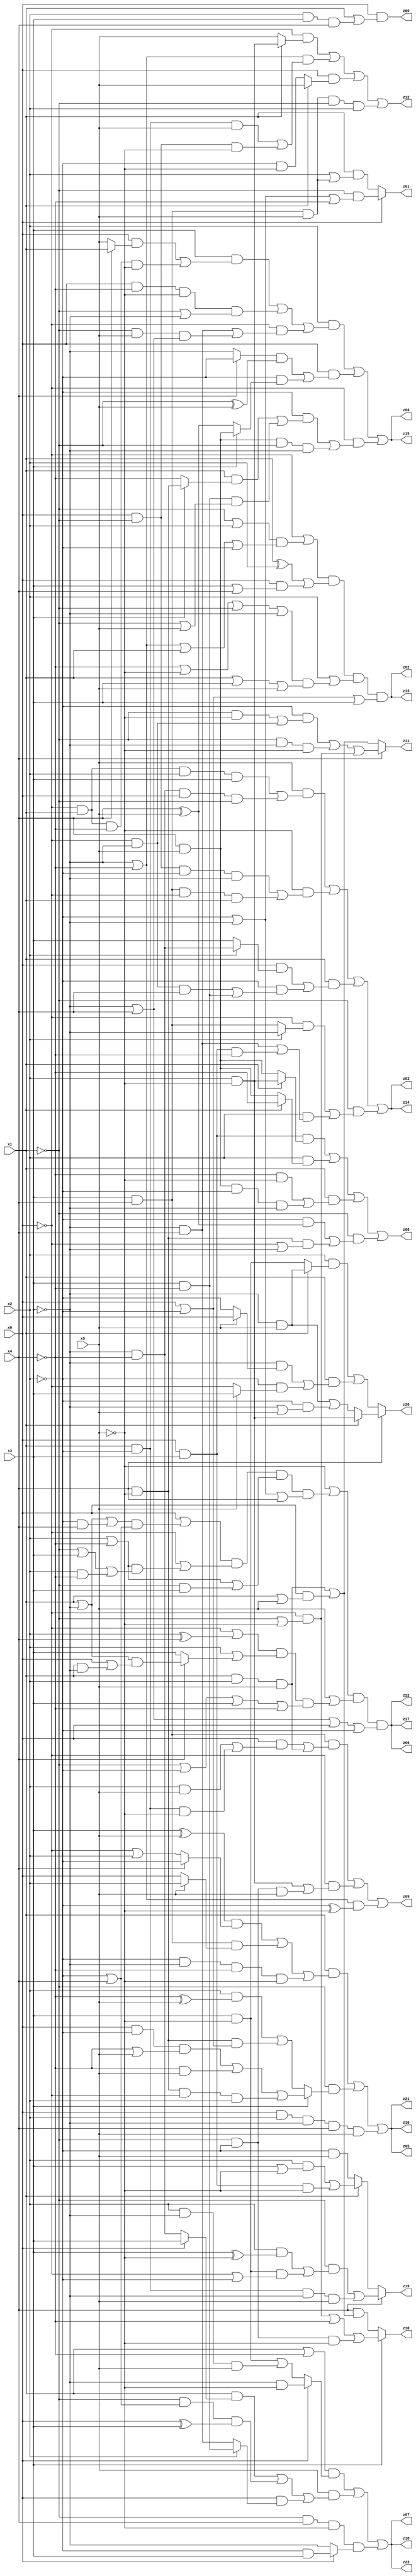
// Benchmark "q_3" written by ABC on Mon Jul 03 17:57:16 2023

module q_3 ( 
    x0, x1, x2, x3, x4, x5,
    z00, z01, z02, z03, z04, z05, z06, z07, z08, z09, z10, z11, z12, z13,
    z14, z15, z16, z17, z18, z19, z20, z21, z22, z23  );
  input  x0, x1, x2, x3, x4, x5;
  output z00, z01, z02, z03, z04, z05, z06, z07, z08, z09, z10, z11, z12, z13,
    z14, z15, z16, z17, z18, z19, z20, z21, z22, z23;
  assign z00 = x0 & (x1 | (x2 & x3 & x4));
  assign z01 = x0 ? (~x1 & (~x2 | ~x3 | ~x4)) : (x1 & (x2 | (x3 & x4 & x5)));
  assign z02 = (~x0 | ((~x1 | x2) & (~x3 | ~x4 | x1 | ~x2))) & ((x1 ^ x2) | (x0 & (x3 | x4))) & (x2 | ((~x4 | ~x5 | ~x1 | ~x3) & (x1 | x3 | x5))) & (x0 | ~x2 | x3);
  assign z03 = (x5 & ((~x0 & x1 & x2 & x3) | (~x3 & ~x4 & x0 & ~x1))) | (~x5 & ((x0 & ~x1 & ~x2 & ~x3) | (x3 & x4 & ~x0 & x1))) | (x1 & ((x0 & (x2 ? (~x3 & ~x4) : x3)) | (~x2 & ((~x0 & ~x3 & x4) | (x3 & ~x4))))) | (~x1 & ((~x0 & (x2 ? ~x3 : (x3 & x4))) | (x2 & ((~x3 & x4) | (x0 & x3 & ~x4)))));
  assign z04 = (x2 & ((x3 & ((x0 & (x4 ? x1 : x5)) | (~x0 & x1 & ~x4 & ~x5))) | (x0 & ~x4 & ~x5 & (~x1 | ~x3)) | (~x0 & ((~x3 & x4) | (~x1 & x5 & (~x3 | x4)))))) | (x0 & (((x4 ? ~x2 : ~x3) & (~x1 ^ x5)) | (~x2 & (x3 ? (x4 & x5) : (x4 ^ x5))))) | (~x0 & ((~x2 & ((x1 & (x3 ? (x4 & ~x5) : ~x4)) | (x3 & ~x4 & (~x1 | x5)))) | (x4 & x5 & ~x1 & ~x3)));
  assign z05 = (x1 & (((x3 ^ x5) & (x4 ? ~x2 : (~x0 | x2))) | (x3 & x4 & (x5 ? x2 : x0)) | (~x2 & ~x3 & ~x4 & ~x5))) | (~x1 & (x3 ? ((x0 & ~x2 & (~x4 | x5)) | (~x4 & x5) | (x4 & ~x5 & ~x0 & x2)) : ((x2 & (~x4 ^ x5)) | (x4 & ~x5 & (x0 | ~x2))))) | (x0 & x2 & ~x3 & x4 & x5);
  assign z06 = (~x5 | ((x0 | ((x1 | ~x3 | (~x2 & x4)) & (~x2 | x4))) & (~x0 | ((x2 | ~x4) & (~x1 | x3 | (x2 & ~x4)))) & (x2 | ~x4 | (~x1 & x3)) & (~x2 | ~x3 | x4))) & (x5 | ((~x0 | (x2 ^ x4)) & (x2 | (x4 ? ((x1 | ~x3) & (x0 | (x1 & ~x3))) : x3)) & (~x1 | ~x2 | x3 | ~x4))) & (~x3 | x4 | x0 | ~x2);
  assign z07 = ((x1 | ~x4) & (x0 ? (~x3 & ~x5) : ((x3 & ~x5) | (x2 & ~x3 & x5)))) | (x5 & ((x1 & (x0 ? x3 : (~x3 & ~x4))) | (~x1 & (~x2 | x4) & (x0 ^ x3)) | (x0 & (x2 ? (x3 & ~x4) : (~x3 & x4))))) | (~x1 & x4 & ~x5 & (x0 ? (~x2 & x3) : ~x3));
  assign z08 = (x0 & x3 & (x1 ? (x2 & ~x5) : (x4 & x5))) | (x2 & (x1 ? ~x4 : (x4 & x5))) | (x1 & ((~x4 & ~x5) | (x4 & x5 & ~x2 & ~x3))) | (~x1 & ((~x2 & (x4 ^ x5)) | (x4 & ~x5 & (~x0 | ~x3))));
  assign z09 = (x3 & x4 & ((x0 & ((x2 & x5) | (x1 & ~x2 & ~x5))) | (x1 & x2 & x5))) | (~x0 & ((x2 & ~x5) | (~x1 & ~x2 & x5))) | ((~x3 | ~x4) & (~x2 ^ ~x5));
  assign z10 = x3 ? ((~x0 & (~x1 | ~x5)) | ~x4 | (~x1 & ~x2 & ~x5)) : (x4 & ((x1 & x2 & x5) | (x0 & (x1 | x5))));
  assign z11 = x4 ? ((~x2 & ((~x1 & ~x5) | (~x0 & ~x3))) | (~x1 & ~x3 & ~x5) | (~x0 & (~x1 | ~x5))) : ((x1 & x2 & x5) | (x0 & (x1 | x5)));
  assign z12 = (~x0 & (x1 ? (x2 & ~x5) : x5)) | ((~x3 | ~x4) & ((x1 & ~x2 & x5) | (x0 & ~x1 & ~x5))) | (x0 & (x1 ? x5 : (~x2 & ~x5))) | (x3 & x4 & x5 & ~x1 & x2);
  assign z19 = x4 ? ((~x1 & ((x2 & (x3 ^ ~x5)) | (x3 & ~x5 & (~x0 | ~x2)))) | (x1 & ~x2 & ~x3 & x5)) : (x1 ? ((x2 & (x3 | ~x5)) | (x0 & x3 & ~x5)) : (~x2 & x5));
  assign z20 = x4 ? (x1 ? (x2 & ~x5) : ((~x3 & x5) | (~x2 & (~x3 | x5)))) : ((x2 & (x1 ? (~x3 & x5) : (x3 & ~x5))) | (x1 & ((~x3 & (x5 ? x0 : ~x2)) | (~x2 & (x5 ? x3 : ~x0)))));
  assign z13 = (~x0 | ((~x1 | x2) & (~x3 | ~x4 | x1 | ~x2))) & ((x1 ^ x2) | (x0 & (x3 | x4))) & (x2 | ((~x4 | ~x5 | ~x1 | ~x3) & (x1 | x3 | x5))) & (x0 | ~x2 | x3);
  assign z14 = (x5 & ((~x0 & x1 & x2 & x3) | (~x3 & ~x4 & x0 & ~x1))) | (~x5 & ((x0 & ~x1 & ~x2 & ~x3) | (x3 & x4 & ~x0 & x1))) | (x1 & ((x0 & (x2 ? (~x3 & ~x4) : x3)) | (~x2 & ((~x0 & ~x3 & x4) | (x3 & ~x4))))) | (~x1 & ((~x0 & (x2 ? ~x3 : (x3 & x4))) | (x2 & ((~x3 & x4) | (x0 & x3 & ~x4)))));
  assign z15 = (x2 & ((x3 & ((x0 & (x4 ? x1 : x5)) | (~x0 & x1 & ~x4 & ~x5))) | (x0 & ~x4 & ~x5 & (~x1 | ~x3)) | (~x0 & ((~x3 & x4) | (~x1 & x5 & (~x3 | x4)))))) | (x0 & (((x4 ? ~x2 : ~x3) & (~x1 ^ x5)) | (~x2 & (x3 ? (x4 & x5) : (x4 ^ x5))))) | (~x0 & ((~x2 & ((x1 & (x3 ? (x4 & ~x5) : ~x4)) | (x3 & ~x4 & (~x1 | x5)))) | (x4 & x5 & ~x1 & ~x3)));
  assign z16 = (x1 & (((x3 ^ x5) & (x4 ? ~x2 : (~x0 | x2))) | (x3 & x4 & (x5 ? x2 : x0)) | (~x2 & ~x3 & ~x4 & ~x5))) | (~x1 & (x3 ? ((x0 & ~x2 & (~x4 | x5)) | (~x4 & x5) | (x4 & ~x5 & ~x0 & x2)) : ((x2 & (~x4 ^ x5)) | (x4 & ~x5 & (x0 | ~x2))))) | (x0 & x2 & ~x3 & x4 & x5);
  assign z17 = (~x5 | ((x0 | ((x1 | ~x3 | (~x2 & x4)) & (~x2 | x4))) & (~x0 | ((x2 | ~x4) & (~x1 | x3 | (x2 & ~x4)))) & (x2 | ~x4 | (~x1 & x3)) & (~x2 | ~x3 | x4))) & (x5 | ((~x0 | (x2 ^ x4)) & (x2 | (x4 ? ((x1 | ~x3) & (x0 | (x1 & ~x3))) : x3)) & (~x1 | ~x2 | x3 | ~x4))) & (~x3 | x4 | x0 | ~x2);
  assign z18 = ((x1 | ~x4) & (x0 ? (~x3 & ~x5) : ((x3 & ~x5) | (x2 & ~x3 & x5)))) | (x5 & ((x1 & (x0 ? x3 : (~x3 & ~x4))) | (~x1 & (~x2 | x4) & (x0 ^ x3)) | (x0 & (x2 ? (x3 & ~x4) : (~x3 & x4))))) | (~x1 & x4 & ~x5 & (x0 ? (~x2 & x3) : ~x3));
  assign z21 = (x1 & (((x3 ^ x5) & (x4 ? ~x2 : (~x0 | x2))) | (x3 & x4 & (x5 ? x2 : x0)) | (~x2 & ~x3 & ~x4 & ~x5))) | (~x1 & (x3 ? ((x0 & ~x2 & (~x4 | x5)) | (~x4 & x5) | (x4 & ~x5 & ~x0 & x2)) : ((x2 & (~x4 ^ x5)) | (x4 & ~x5 & (x0 | ~x2))))) | (x0 & x2 & ~x3 & x4 & x5);
  assign z22 = (~x5 | ((x0 | ((x1 | ~x3 | (~x2 & x4)) & (~x2 | x4))) & (~x0 | ((x2 | ~x4) & (~x1 | x3 | (x2 & ~x4)))) & (x2 | ~x4 | (~x1 & x3)) & (~x2 | ~x3 | x4))) & (x5 | ((~x0 | (x2 ^ x4)) & (x2 | (x4 ? ((x1 | ~x3) & (x0 | (x1 & ~x3))) : x3)) & (~x1 | ~x2 | x3 | ~x4))) & (~x3 | x4 | x0 | ~x2);
  assign z23 = ((x1 | ~x4) & (x0 ? (~x3 & ~x5) : ((x3 & ~x5) | (x2 & ~x3 & x5)))) | (x5 & ((x1 & (x0 ? x3 : (~x3 & ~x4))) | (~x1 & (~x2 | x4) & (x0 ^ x3)) | (x0 & (x2 ? (x3 & ~x4) : (~x3 & x4))))) | (~x1 & x4 & ~x5 & (x0 ? (~x2 & x3) : ~x3));
endmodule